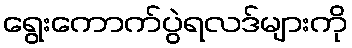
ရွေးကောက်ပွဲရလဒ်များကို